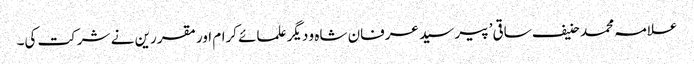
علامہ محمد حنیف ساقی’ پیر سید عرفان شاہ و دیگر علمائے کرام اور مقررین نے شرکت کی۔